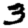
Digit: 3